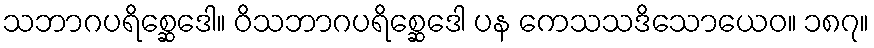
သဘာဂပရိစ္ဆေဒေါ။ ဝိသဘာဂပရိစ္ဆေဒေါ ပန ကေသသဒိသောယေဝ။ ၁၈၇။